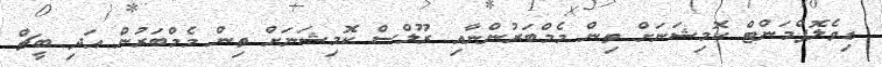
ޑިވެލޮޕްމަންޓް ކޮމިޝަނަށް ތިން މެމްބަރުންނާއި ރޫލްސް ކޮމިޝަނަށް ތިން މެމްބަރުން އަދި ބީޗް